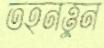
তহনত্তুন